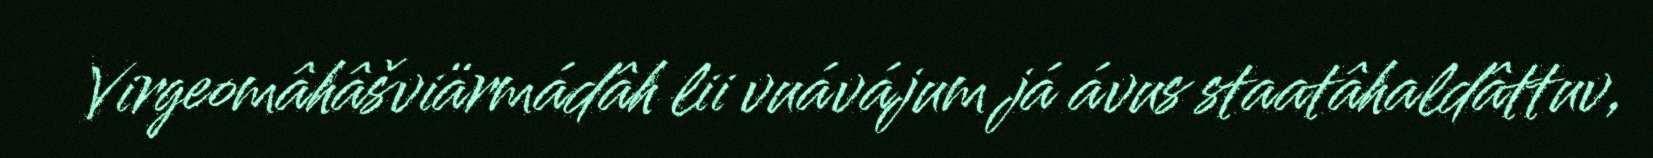
Virgeomâhâšviärmádâh lii vuávájum já ávus staatâhaldâttuv,